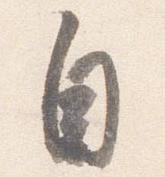
自